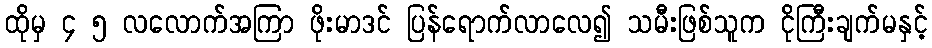
ထိုမှ ၄ ၅ လလောက်အကြာ ဖိုးမာဒင် ပြန်ရောက်လာလေ၍ သမီးဖြစ်သူက ငိုကြီးချက်မနှင့်